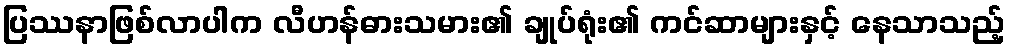
ပြဿနာဖြစ်လာပါက လီဟန်ဓားသမား၏ ချုပ်ရုံး၏ ကင်ဆာများနှင့် နေသာသည့်